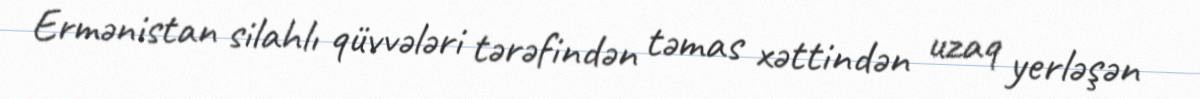
Ermənistan silahlı qüvvələri tərəfindən təmas xəttindən uzaq yerləşən